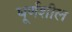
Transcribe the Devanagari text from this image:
घूर्णशील